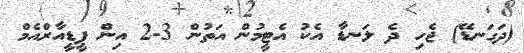
(ދަގަނޑޭ) ޖެހި ދެ ލަނޑާ އެކު އެޓީމުން އަތުން 3-2 އިން ޕީޑީއާރްއެމް